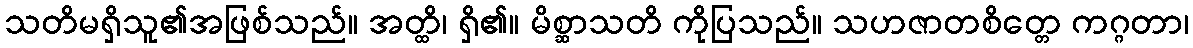
သတိမရှိသူ၏အဖြစ်သည်။ အတ္ထိ၊ ရှိ၏။ မိစ္ဆာသတိ ကိုပြသည်။ သဟဇာတစိတ္တေ ကဂ္ဂတာ၊